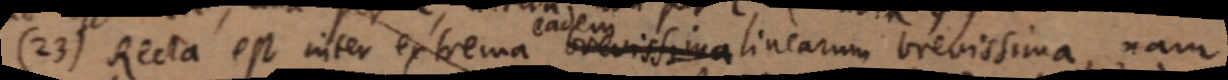
(23) Recta est inter extrema brevissima linearum brevissima, nam